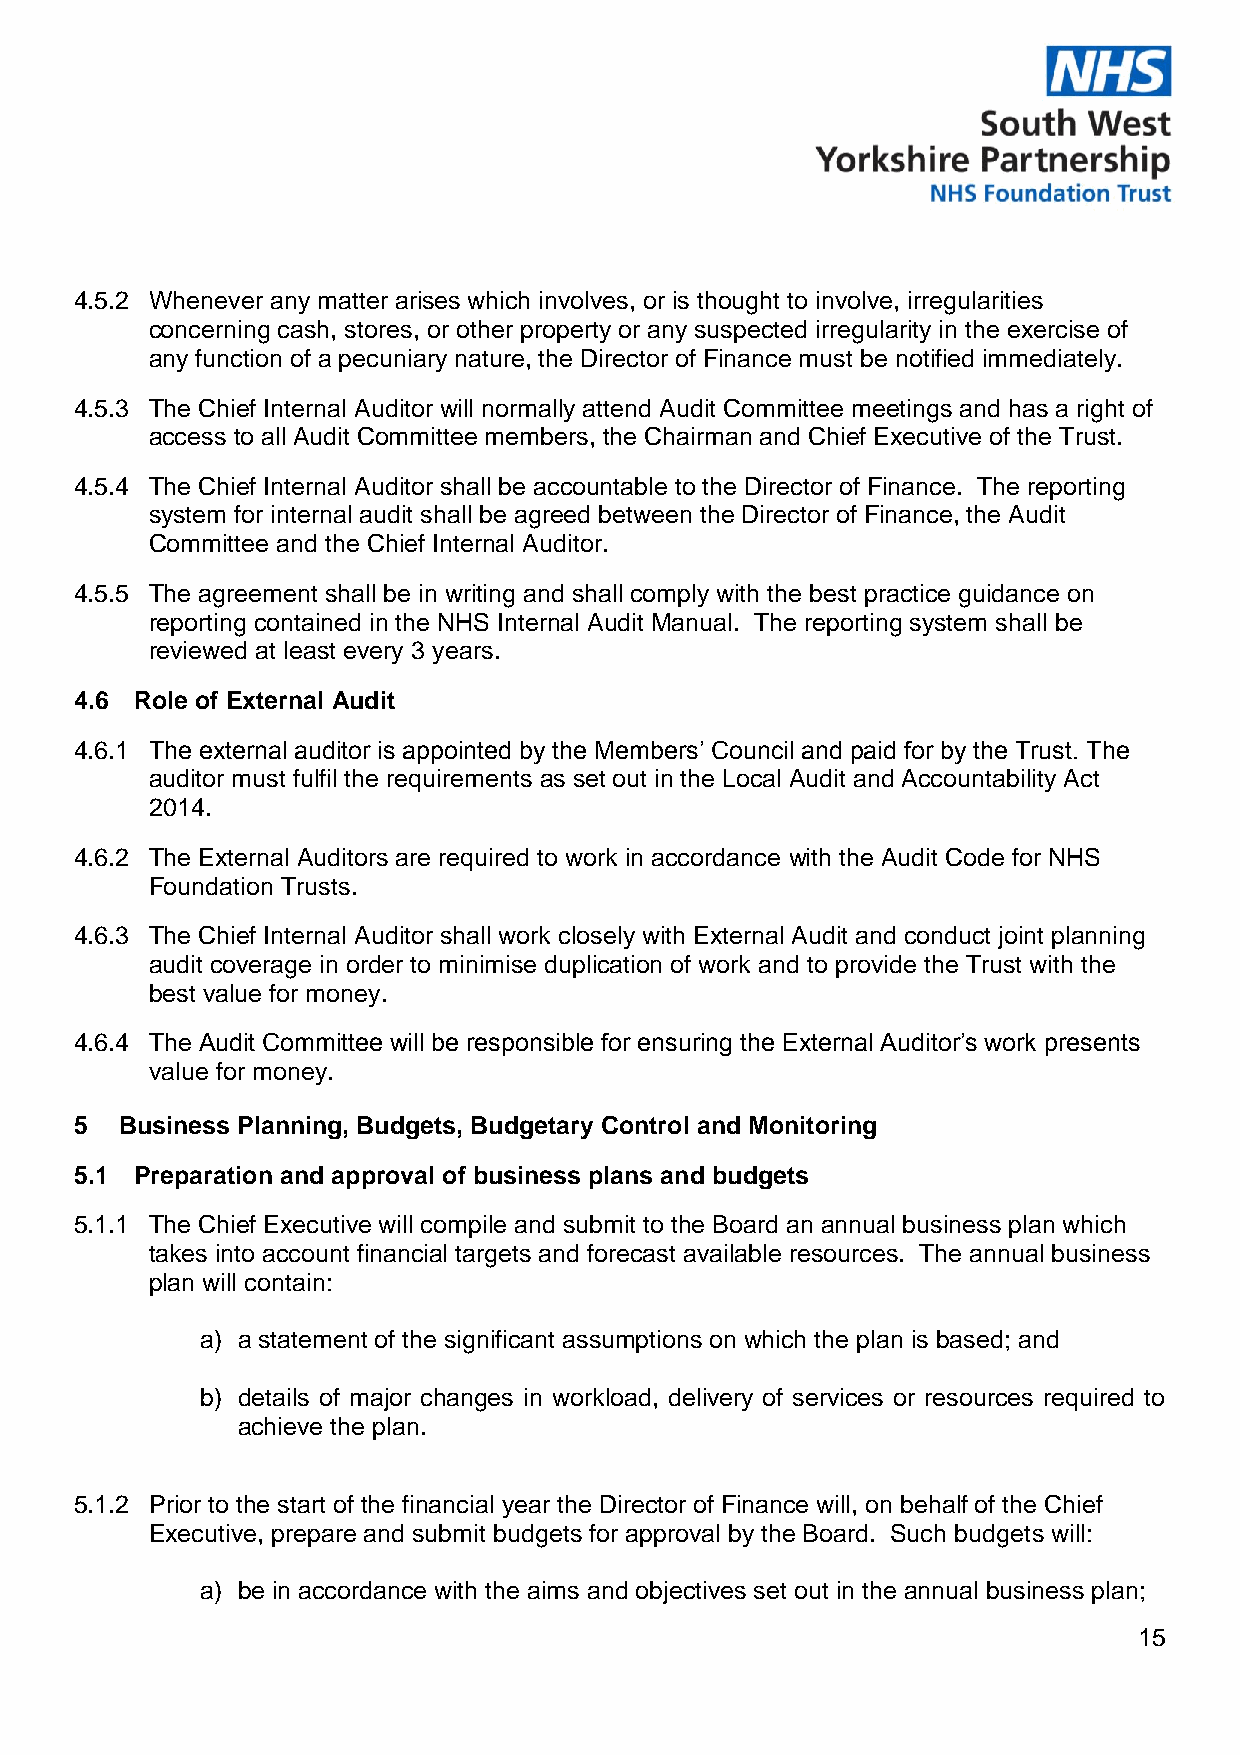
4.5.2 Whenever any matter arises which involves, or is thought to involve, irregularities
 concerning cash, stores, or other property or any suspected irregularity in the exercise of
 any function of a pecuniary nature, the Director of Finance must be notified immediately.
 4.5.3 The Chief Internal Auditor will normally attend Audit Committee meetings and has a right of
 access to all Audit Committee members, the Chairman and Chief Executive of the Trust.
 4.5.4 The Chief Internal Auditor shall be accountable to the Director of Finance. The reporting
 system for internal audit shall be agreed between the Director of Finance, the Audit
 Committee and the Chief Internal Auditor.
 4.5.5 The agreement shall be in writing and shall comply with the best practice guidance on
 reporting contained in the NHS Internal Audit Manual. The reporting system shall be
 reviewed at least every 3 years.
 4.6 Role of External Audit
 4.6.1 The external auditor is appointed by the Members’ Council and paid for by the Trust. The
 auditor must fulfil the requirements as set out in the Local Audit and Accountability Act
 2014.
 4.6.2 The External Auditors are required to work in accordance with the Audit Code for NHS
 Foundation Trusts.
 4.6.3 The Chief Internal Auditor shall work closely with External Audit and conduct joint planning
 audit coverage in order to minimise duplication of work and to provide the Trust with the
 best value for money.
 4.6.4 The Audit Committee will be responsible for ensuring the External Auditor’s work presents
 value for money.
 5  Business Planning, Budgets, Budgetary Control and Monitoring
 5.1 Preparation and approval of business plans and budgets
 5.1.1 The Chief Executive will compile and submit to the Board an annual business plan which
 takes into account financial targets and forecast available resources. The annual business
 plan will contain:
 a) a statement of the significant assumptions on which the plan is based; and
 b) details of major changes in workload, delivery of services or resources required to
 achieve the plan.
 5.1.2 Prior to the start of the financial year the Director of Finance will, on behalf of the Chief
 Executive, prepare and submit budgets for approval by the Board. Such budgets will:
 a) be in accordance with the aims and objectives set out in the annual business plan;
 15